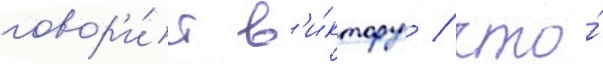
говор'и́т в'и́ктору / что́